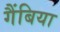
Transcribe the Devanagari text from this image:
गैंबिया